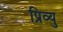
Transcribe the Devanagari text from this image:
प्रिव्यु